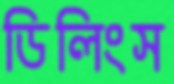
ডিলিংস